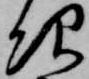
次